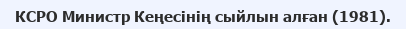
КСРО Министр Кеңесінің сыйлын алған (1981).